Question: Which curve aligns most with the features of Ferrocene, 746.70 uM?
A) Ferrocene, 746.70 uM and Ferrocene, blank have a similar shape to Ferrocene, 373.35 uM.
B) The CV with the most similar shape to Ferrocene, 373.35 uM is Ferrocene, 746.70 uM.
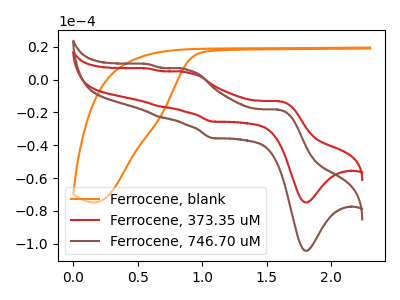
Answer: <think>The orange curve "Ferrocene, blank" has no peaks. The red curve "Ferrocene, 373.35 uM" has anodic peaks at (1.60V, -13.20uA) (0.90V, 4.30uA) (0.65V, -16.45uA) (0.60V, 6.70uA) and cathodic peaks at (1.80V, -74.85uA) (1.10V, -25.60uA). The brown curve "Ferrocene, 746.70 uM" has anodic peaks at (1.60V, -18.40uA) (0.90V, 6.00uA) (0.65V, -22.90uA) (0.60V, 9.30uA) and cathodic peaks at (1.80V, -104.30uA) (1.10V, -35.70uA).
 "Ferrocene, blank" and "Ferrocene, 373.35 uM" have a different number of peaks. "Ferrocene, blank" and "Ferrocene, 746.70 uM" have a different number of peaks. All the peaks in "Ferrocene, 373.35 uM" have a peak in "Ferrocene, 746.70 uM" at the same potential.</think>
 <answer>B) The CV with the most similar shape to "Ferrocene, 373.35 uM" is "Ferrocene, 746.70 uM".</answer>
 <eval>B</eval>